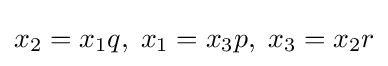
x_{2}=x_{1}q,\;x_{1}=x_{3}p,\;x_{3}=x_{2}r